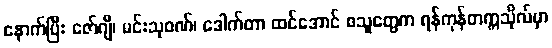
နောက်ပြီး ဇော်ဂျီ၊ မင်းသုဝဏ်၊ ဒေါက်တာ ထင်အောင် စသူတွေက ရန်ကုန်တက္ကသိုလ်မှာ